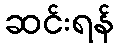
ဆင်းရန်